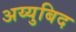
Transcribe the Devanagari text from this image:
अय्युबिद